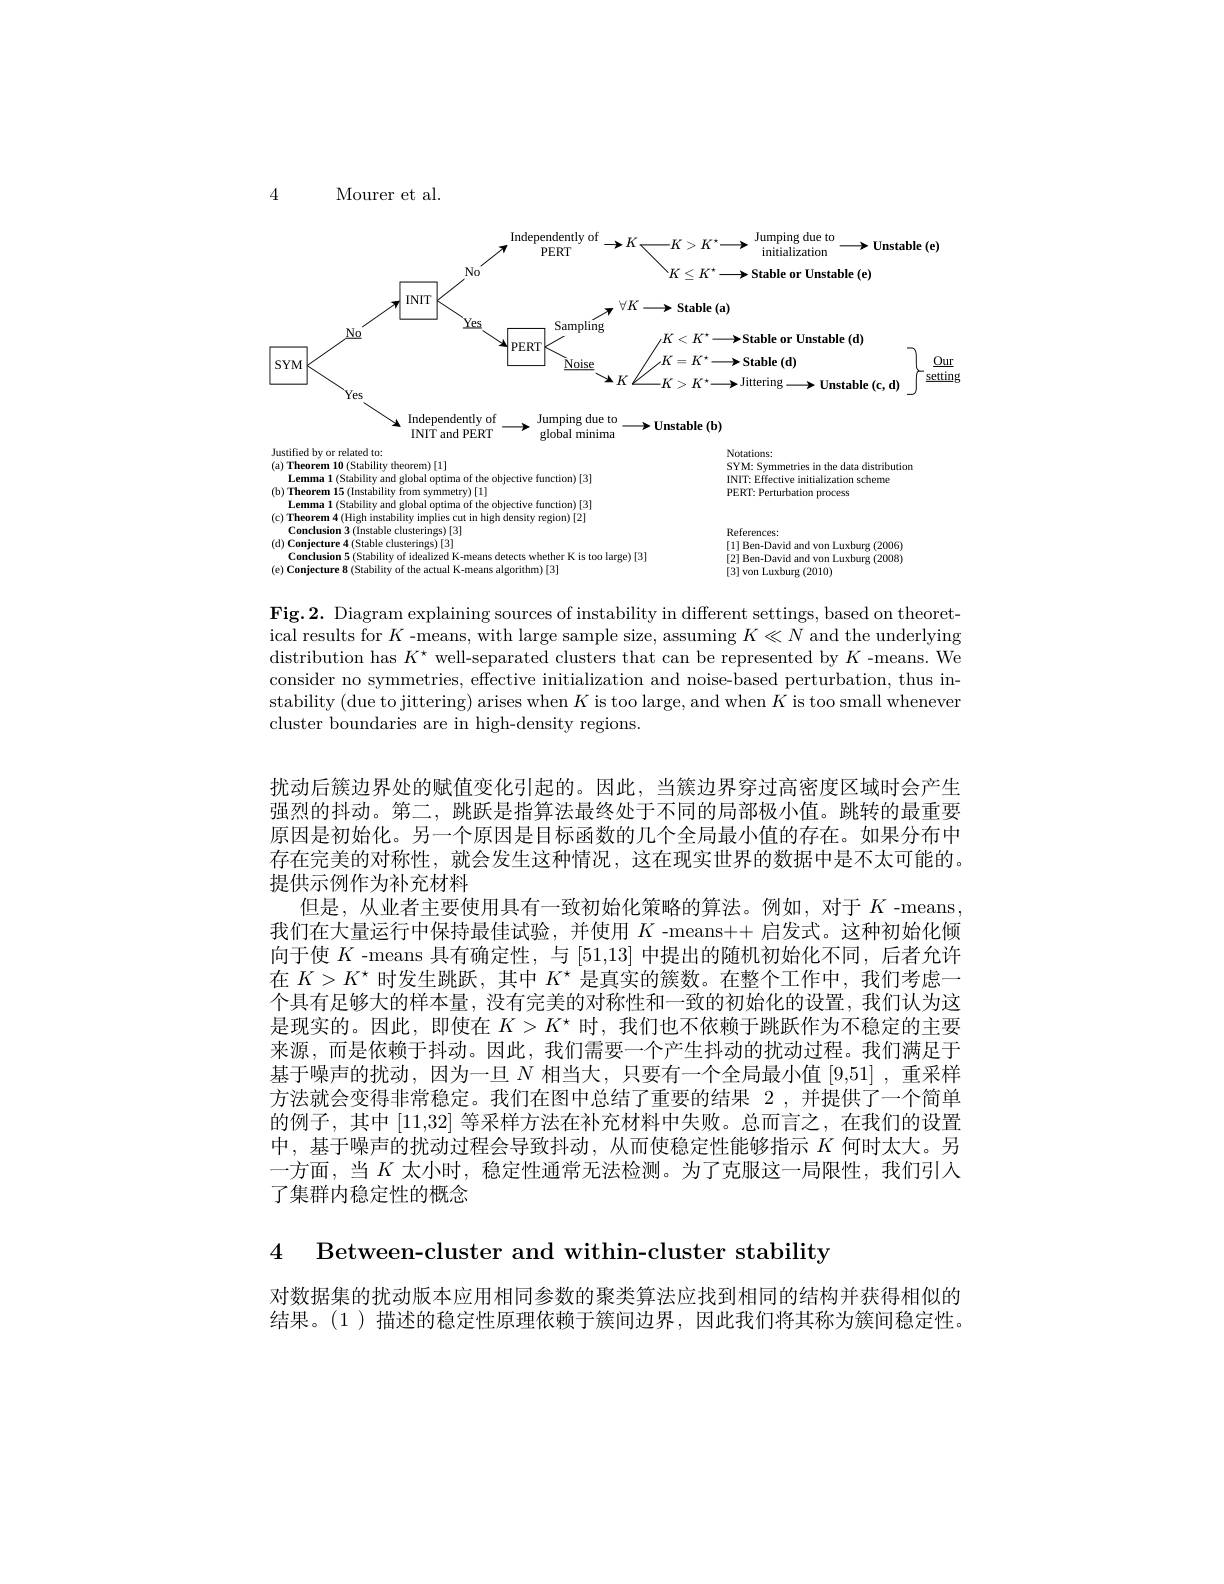
4

Mourer et al.

<FigureHere>

Fig.2. Diagram explaining sources of instability in different settings, based on theoretical results for $K$ -means, with large sample size, assuming $K\ll N$ and the underlying distribution has $K^\star$ well-separated clusters that can be represented by $K$ -means. We consider no symmetries, effective initialization and noise-based perturbation, thus instability (due to jittering) arises when $K$ is too large, and when $K$ is too small whenever cluster boundaries are in high-density regions.

扰动后簇边界处的赋值变化引起的。因此，当簇边界穿过高密度区域时会产生强烈的抖动。第二，跳跃是指算法最终处于不同的局部极小值。跳转的最重要原因是初始化。另一个原因是目标函数的几个全局最小值的存在。如果分布中存在完美的对称性，就会发生这种情况，这在现实世界的数据中是不太可能的。提供示例作为补充材料
但是，从业者主要使用具有一致初始化策略的算法。例如，对于$K$ -means, 我们在大量运行中保持最佳试验，并使用$K$ -means++ 启发式。这种初始化倾向于使$K$ -means 具有确定性，与[51,13]中提出的随机初始化不同，后者允许在$K>K^{\star}$时发生跳跃，其中$K^{\star}$是真实的簇数。在整个工作中，我们考虑一个具有足够大的样本量，没有完美的对称性和一致的初始化的设置，我们认为这是现实的。因此，即使在$K>K^\star$时，我们也不依赖于跳跃作为不稳定的主要来源，而是依赖于抖动。因此，我们需要一个产生抖动的扰动过程。我们满足于基于噪声的扰动，因为一旦$N$相当大，只要有一个全局最小值 [9,51] ,重采样方法就会变得非常稳定。我们在图中总结了重要的结果 2,并提供了一个简单的例子，其中[11,32]等采样方法在补充材料中失败。总而言之，在我们的设置中，基于噪声的扰动过程会导致抖动，从而使稳定性能够指示$K$何时太大。另一方面，当$K$ 太小时，稳定性通常无法检测。为了克服这一局限性，我们引人了集群内稳定性的概念

4 Between-cluster and within-cluster stability

对数据集的扰动版本应用相同参数的聚类算法应找到相同的结构并获得相似的结果。(1)描述的稳定性原理依赖于簇间边界，因此我们将其称为簇间稳定性。